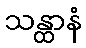
သန္ထာနံ